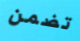
تضمن